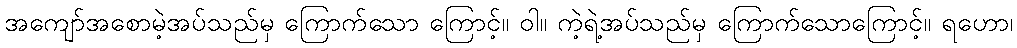
အကျော်အစောမဲ့အပ်သည်မှ ကြောက်သော ကြောင့်။ ဝါ။ ကဲ့ရဲ့အပ်သည်မှ ကြောက်သောကြောင့်။ ရဟော၊